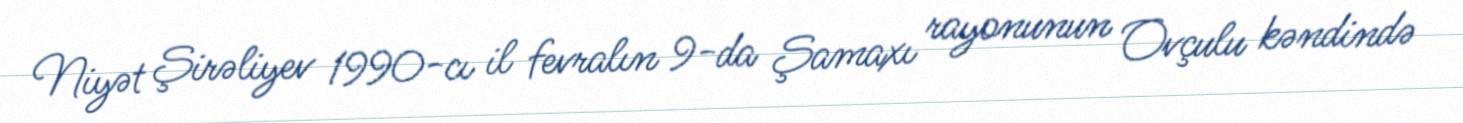
Niyət Şirəliyev 1990-cı il fevralın 9-da Şamaxı rayonunun Ovçulu kəndində